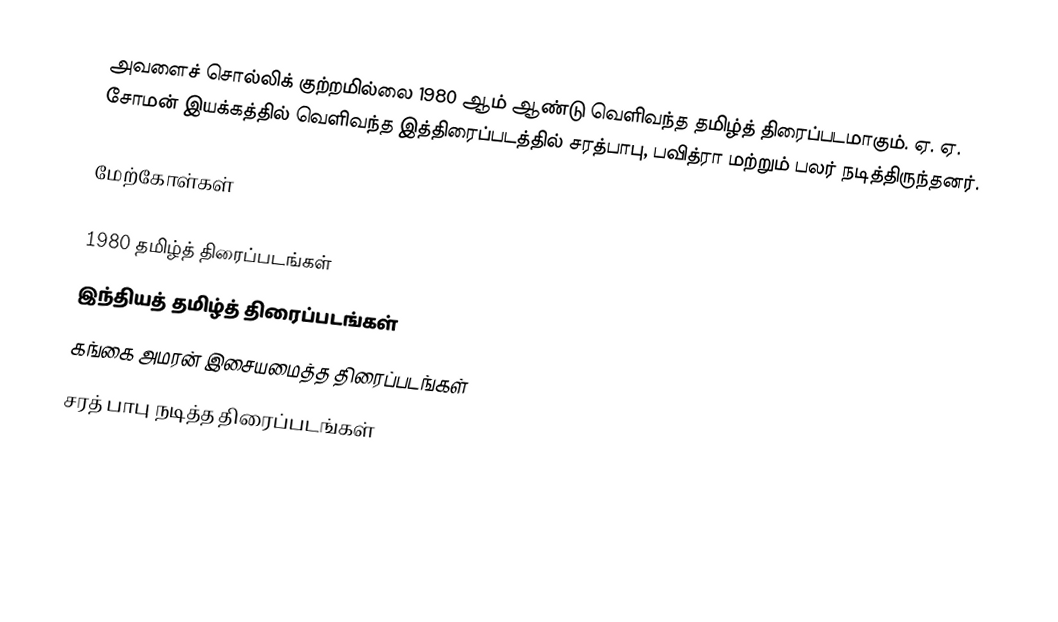
அவளைச் சொல்லிக் குற்றமில்லை 1980 ஆம் ஆண்டு வெளிவந்த தமிழ்த் திரைப்படமாகும். ஏ. ஏ. சோமன் இயக்கத்தில் வெளிவந்த இத்திரைப்படத்தில் சரத்பாபு, பவித்ரா மற்றும் பலர் நடித்திருந்தனர்.

மேற்கோள்கள்

1980 தமிழ்த் திரைப்படங்கள்
இந்தியத் தமிழ்த் திரைப்படங்கள்
கங்கை அமரன் இசையமைத்த திரைப்படங்கள்
சரத் பாபு நடித்த திரைப்படங்கள்